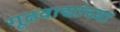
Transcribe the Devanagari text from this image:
गूढवाद्यांच्या